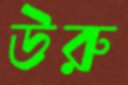
উরু